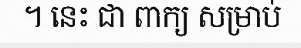
។ នេះ ជា ពាក្យ សម្រាប់